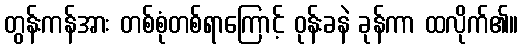
တွန်းကန်အား တစ်စုံတစ်ရာကြောင့် ဝုန်းခနဲ ခုန်ကာ ထလိုက်၏။